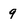
Character: 9